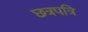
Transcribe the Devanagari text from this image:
छत्रपत्रि